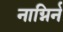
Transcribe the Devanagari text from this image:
नाग्निर्न